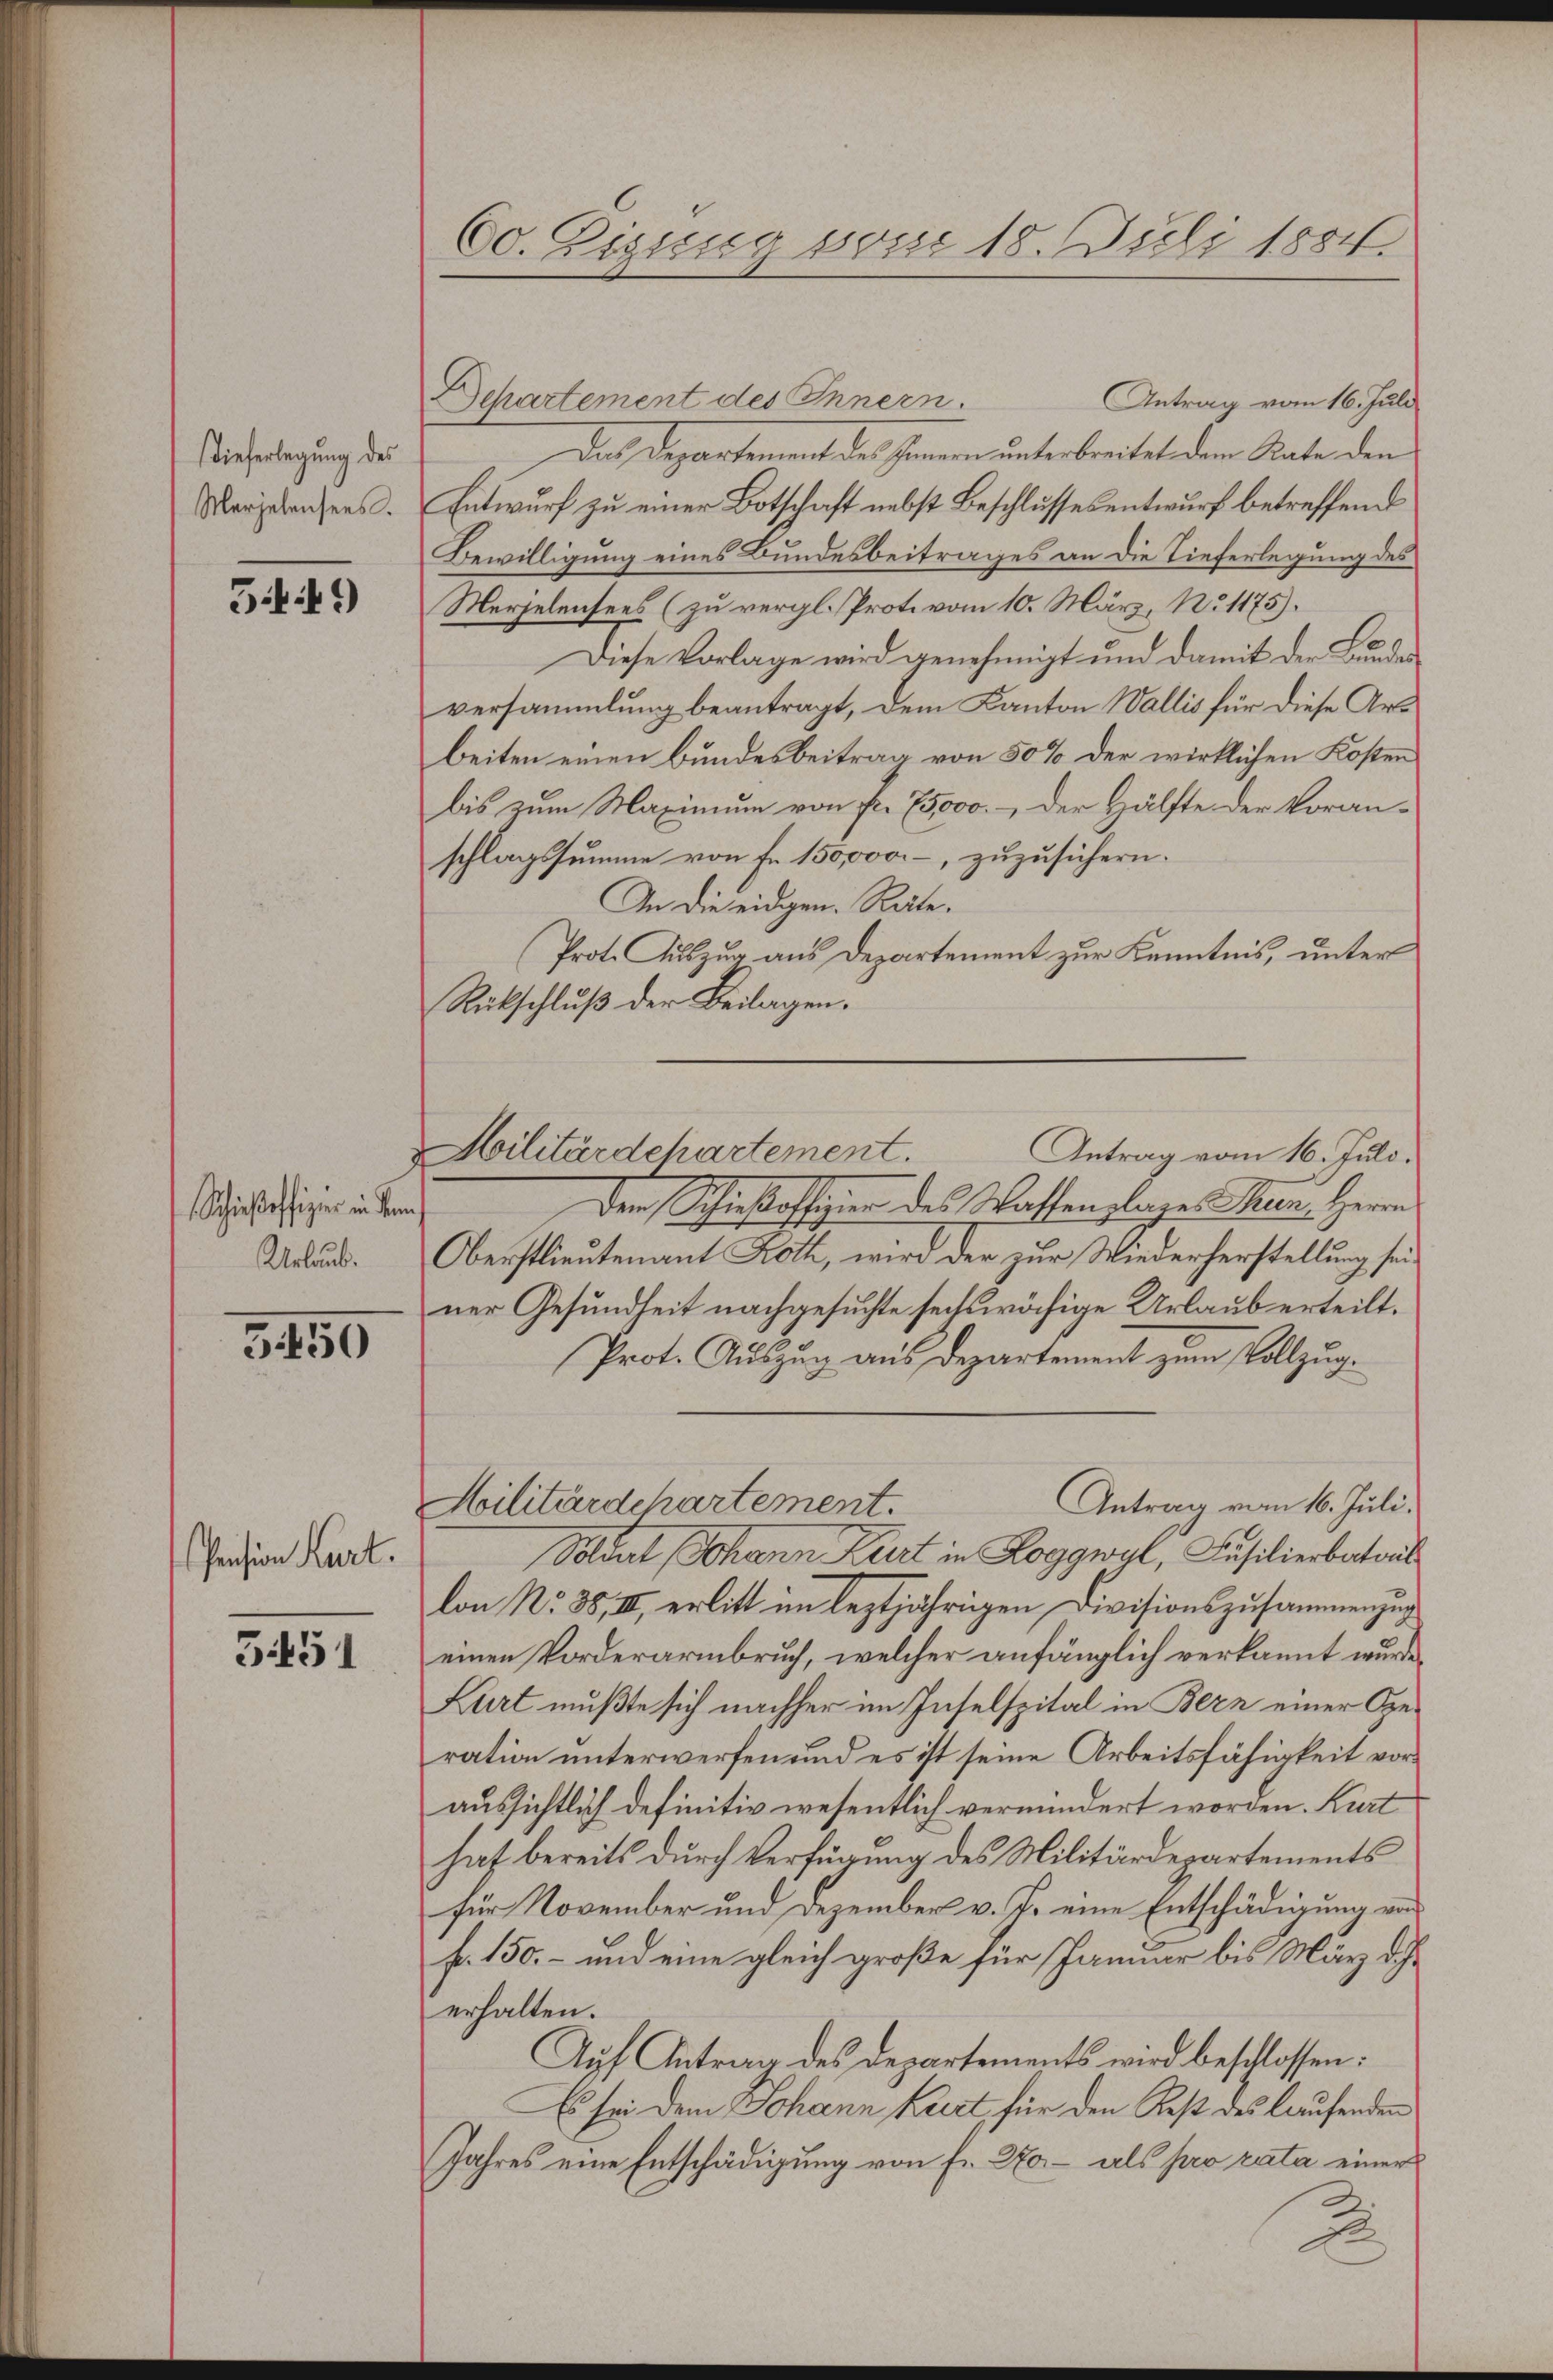
dieferlegung des
Marzeleisens.

549)

Schieβoffizier in dem
Urlaub.

3450

Pension Kurt.

5451

60. Eigung von 18. Juli 1884.

Departement des Innern.
Antrag vom 16. Juli
Das Departement des Innern unterbreitet dem Rate den
Entwurf zu einer Botschaft nebst Beschlussesentwurf betreffend
Bewilligung eines Bundesbeitrages an die Tieferlegung des
Merzelensees (zu vergl. Prote vom 10. März, No 1175).
Diese Vorlage wird genehmigt und damit der Bundes
versammlung beantragt, dem Kanton Wallis für diese Art
beiten einen Bundesbeitrag von 50% der wirklichen Kosten
bis zum Maximum von fr. 75000.- der Hälfte der Voran-
schlagssumme von Fr. 150,000.-, zuzusichern.
An die eidgen. Räte.
Prot. Auszug aus Departement zur Kenntnis, unter
Rückschluß der Beilagen.
Antrag vom 16. Juli.
den Schieβoffizier des Wassenlages Man Herrn
Oberstlieutenant Roth, wird der zur Wiederherstellung seiner Gesundheit nachgesuchte sechswächige Urlaub erteilt.
Prot. Auszug aus Departement zum Vollzug.
Antrag vom 16. Juli.
Militärdepartement.
Boldert Johann Kurt in Roggwyl, Füsilierbatail
lon No. 88, II, erlitt im leztjährigen Divisionszusammenzug
einen Vorderarmbruch, welcher anfänglich verkannt wurde
Kurt mußte sich nachher im Inselspital in Bern einer Geration unterwerfen und es ist seine Arbeitsfähigkeit voraussichtlich definitiv wesentlich vermindert worden. Kurt
hat bereits durch Verfügung des Militärdepartements
für November und Dezember v. J. eine Entschädigung von
fr. 150.- und eine gleich große für Januar bis März die
erhalten.
Auf Antrag des Departements wird beschlossen:
Es sei dem Johann krist, für den Rest des laufenden
Jahres eine Entschädigung von Fr. 270. - als pro rata einer
2

ilitärdchartement.